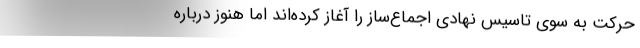
حرکت به سوی تاسیس نهادی اجماع‌ساز را آغاز کرده‌اند اما هنوز درباره